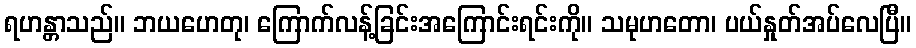
ရဟန္တာသည်။ ဘယဟေတု၊ ကြောက်လန့်ခြင်းအကြောင်းရင်းကို။ သမုဟတော၊ ပယ်နှုတ်အပ်လေပြီ။